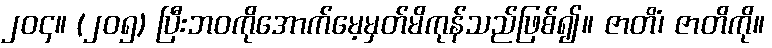
၂၀၄။ (၂၀၅) ပြီးဘဝကိုအောက်မေ့မှတ်မိကုန်သည်ဖြစ်၍။ ဇာတိံ၊ ဇာတိကို။